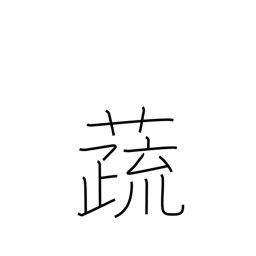
Meaning: vegetables